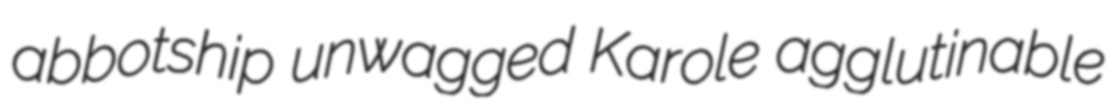
abbotship unwagged Karole agglutinable